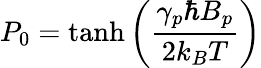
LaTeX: P_{0}=\operatorname{tanh}\left(\frac{\gamma_{p}\hbar B_{p}}{2k_{B}T}\right)